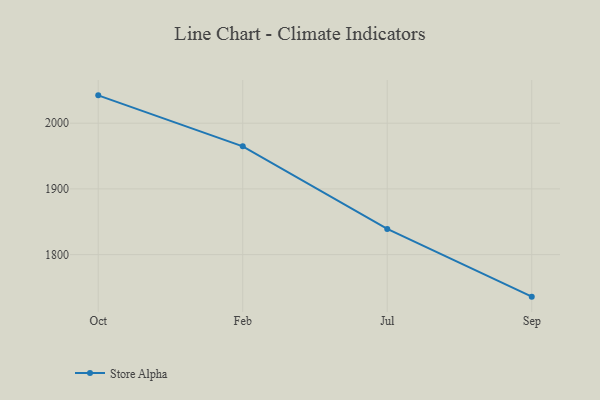
{"axis": {"x": "Month", "y": "Satisfaction Score"}, "legend": ["Store Alpha"], "data": [{"x": "Oct", "y": 2042.4, "type": "Store Alpha"}, {"x": "Feb", "y": 1964.8, "type": "Store Alpha"}, {"x": "Jul", "y": 1839.1, "type": "Store Alpha"}, {"x": "Sep", "y": 1736.0, "type": "Store Alpha"}]}